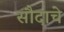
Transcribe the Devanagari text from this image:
सौदाचे